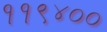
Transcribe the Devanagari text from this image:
११९४००